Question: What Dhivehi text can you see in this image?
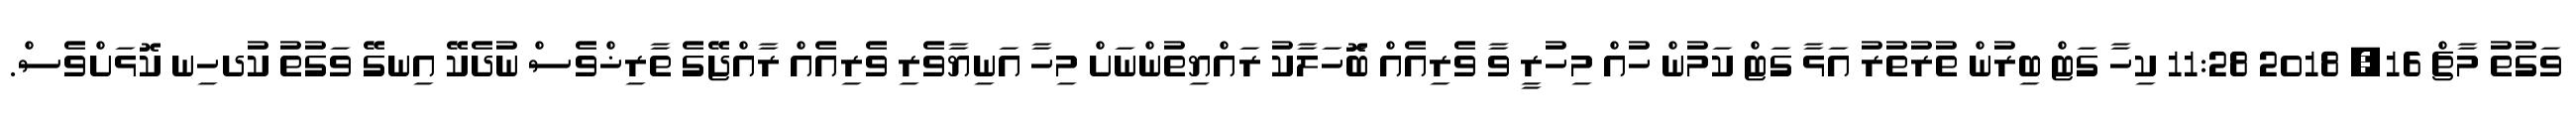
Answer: ވަގުތު މާޗް 16, 2018 11:28 ކިހާ ގަޓް ބިރުން ތުރުތުރު އަޅާ ގަޓް ކަމުން ހުއް މިހުރީ ވާ ވެރިއެއް ބޮަހަލާކު ރައްޔިތުންނަށް މިހާ އަނިޔާވެރި ވެރިއެއް ރާއްޖޭގެ ތާރިޚްވެސް ނުދެކޭ އިނގޭ ވަގުތު ކުދހިނ ކޮޅަށްވެސް.